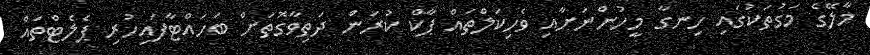
މާލޭގެ މަގުތަކުގައި ހިނގާ މީހުންނަށާއި ވެހިކަލްތައް ޕާކް ކުރަން ދަތިވާގޮތަށް ބަހައްޓާފައިހުރި ޕެލެޓްތައް